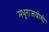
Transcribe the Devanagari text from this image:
मधुराजयोगी